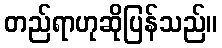
တည်ရာဟုဆိုပြန်သည်။